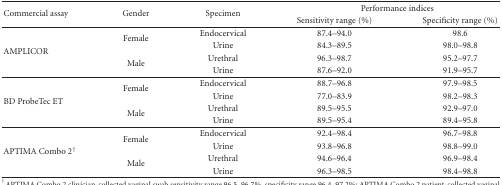
<table><thead><tr><td rowspan="2"><b>Commercial assay</b></td><td rowspan="2"><b>Gender</b></td><td rowspan="2"><b>Specimen</b></td><td colspan="2"><b>Performance indices</b></td></tr><tr><td><b>Sensitivity range (%)</b></td><td><b>Specificity range (%)</b></td></tr></thead><tbody><tr><td rowspan="4">AMPLICOR</td><td rowspan="2">Female</td><td>Endocervical</td><td>87.4–94.0</td><td>98.6</td></tr><tr><td>Urine</td><td>84.3–89.5</td><td>98.0–98.8</td></tr><tr><td rowspan="2">Male</td><td>Urethral</td><td>96.3–98.7</td><td>95.2–97.7</td></tr><tr><td>Urine</td><td>87.6–92.0</td><td>91.9–95.7</td></tr><tr><td rowspan="4">BD ProbeTec ET</td><td rowspan="2">Female</td><td>Endocervical</td><td>88.7–96.8</td><td>97.9–98.5</td></tr><tr><td>Urine</td><td>77.0–83.9</td><td>98.2–98.3</td></tr><tr><td rowspan="2">Male</td><td>Urethral</td><td>89.5–95.5</td><td>92.9–97.0</td></tr><tr><td>Urine</td><td>89.5–95.4</td><td>89.4–95.8</td></tr><tr><td rowspan="4">APTIMA Combo 2<sup>†</sup></td><td rowspan="2">Female</td><td>Endocervical</td><td>92.4–98.4</td><td>96.7–98.8</td></tr><tr><td>Urine</td><td>93.8–96.8</td><td>98.8–99.0</td></tr><tr><td rowspan="2">Male</td><td>Urethral</td><td>94.6–96.4</td><td>96.9–98.4</td></tr><tr><td>Urine</td><td>96.3–98.5</td><td>98.4–98.8</td></tr></tbody></table>